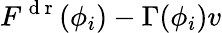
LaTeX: F^{\mathrm{~d~r~}}(\phi_{i})-\Gamma(\phi_{i})v